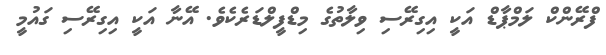
ފްރޭންކް ލަމްޕާޑް އަކީ އިގިރޭސި ވިލާތުގެ މިޑްފީލްޑަރެކެވެ. އޭނާ އަކީ އިގިރޭސި ގައުމީ